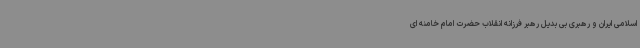
اسلامی ایران و رهبری بی بدیل رهبر فرزانه انقلاب حضرت امام خامنه ای